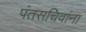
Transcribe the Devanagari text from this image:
पंतसचिवांना